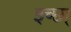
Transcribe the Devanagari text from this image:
इच्छा्